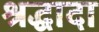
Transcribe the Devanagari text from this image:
श्रद्धादा